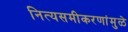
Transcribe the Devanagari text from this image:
नित्यसमीकरणांमुळे